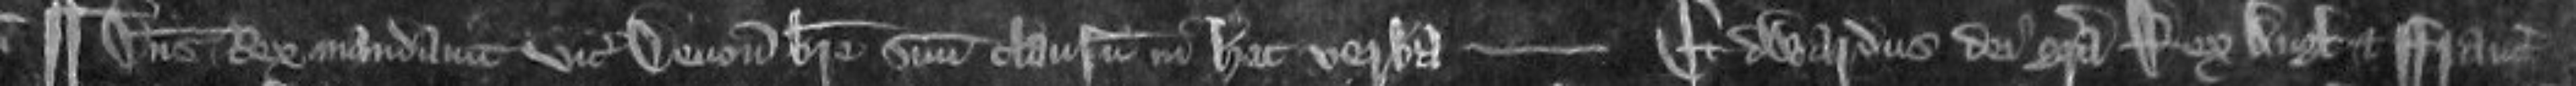
¶Dominus Rex mandavit vicecomiti Devonie breve suum clausum in hec verba ----- Edwardus dei gratia Rex Anglie et Francie